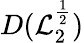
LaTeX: D(\mathcal{L}_{2}^{\frac{1}{2}})